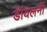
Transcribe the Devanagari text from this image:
डॉयलनी